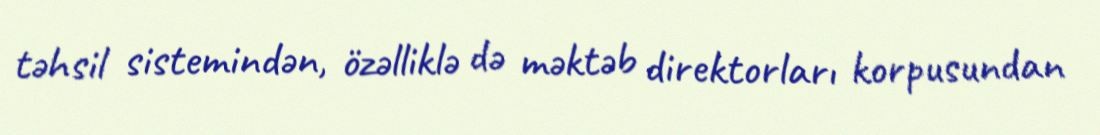
təhsil sistemindən, özəlliklə də məktəb direktorları korpusundan